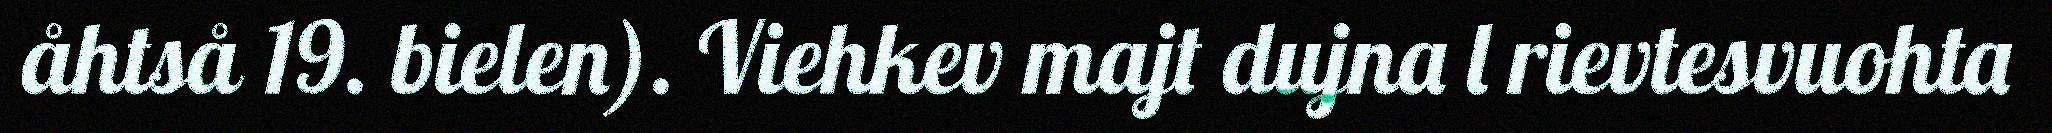
åhtså 19. bielen). Viehkev majt dujna l rievtesvuohta